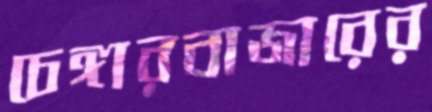
চেঙ্গারবাজারের